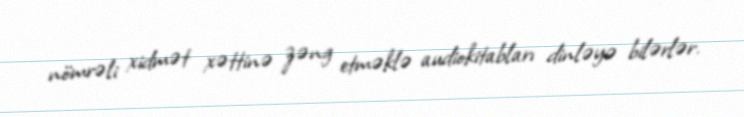
nömrəli xidmət xəttinə zəng etməklə audiokitabları dinləyə bilərlər.